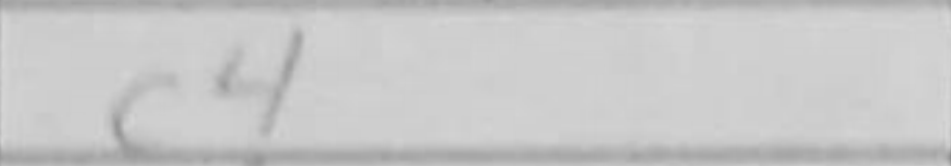
Transcription: c4